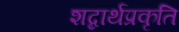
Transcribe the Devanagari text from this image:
शब्दार्थप्रकृति